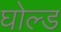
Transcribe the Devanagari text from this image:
घोल्ड